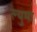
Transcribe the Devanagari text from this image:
ल्युमा